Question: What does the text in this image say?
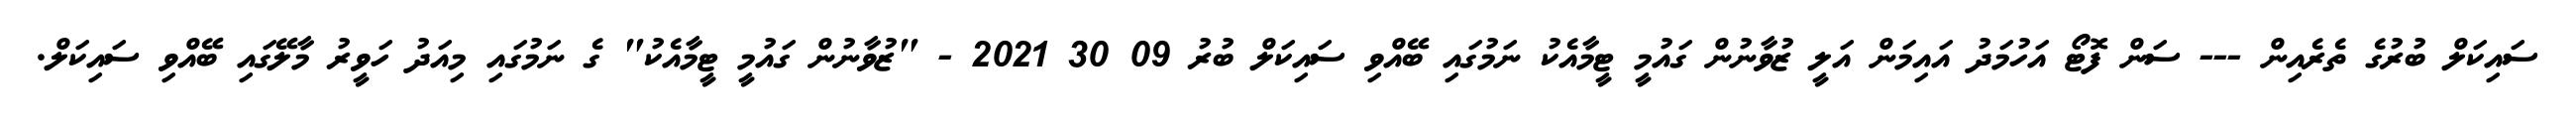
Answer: ސައިކަލް ބުރުގެ ތެރެއިން --- ސަން ފޮޓޯ އަހުމަދު އައިމަން އަލީ ޒުވާނުން ގައުމީ ޓީމާއެކު ނަމުގައި ބޭއްވި ސައިކަލް ބުރު 09 30 2021 - "ޒުވާނުން ގައުމީ ޓީމާއެކު" ގެ ނަމުގައި މިއަދު ހަވީރު މާލޭގައި ބޭއްވި ސައިކަލް.